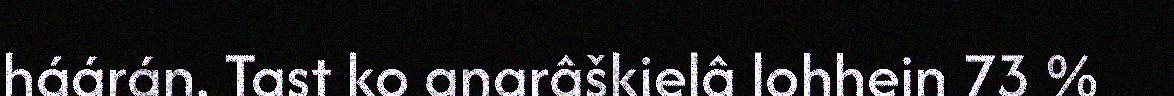
háárán. Tast ko anarâškielâ lohhein 73 %